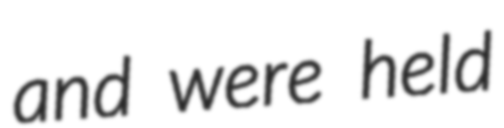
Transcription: and were held